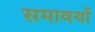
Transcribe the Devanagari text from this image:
समावयों